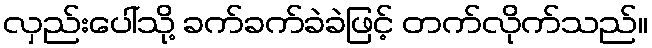
လှည်းပေါ်သို့ ခက်ခက်ခဲခဲဖြင့် တက်လိုက်သည်။